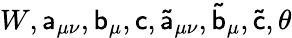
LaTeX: W,\mathsf{a}_{\mu\nu},\mathsf{b}_{\mu},\mathsf{c},\mathsf{\tilde{a}}_{\mu\nu},\mathsf{\tilde{b}}_{\mu},\mathsf{\tilde{c}},\theta